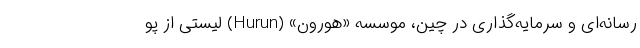
رسانه‌ای و سرمایه‌گذاری در چین، موسسه «هورون» (Hurun) لیستی از پو